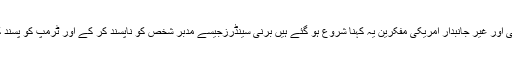
یہی وجہ ہے کہ اس دن کے بعد سے غیر سیاسی اور غیر جانبدار امریکی مفکرین یہ کہنا شروع ہو گئے ہیں برنی سینڈرزجیسے مدبر شخص کو ناپسند کر کے اور ٹرمپ کو پسند کر کے خیر کے مقابلے میں شر کو ترجیح دی۔